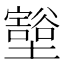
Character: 𫮺